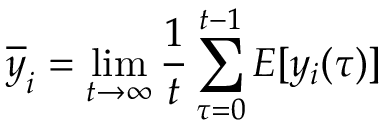
{ \overline { { y } } } _ { i } = \operatorname* { l i m } _ { t \to \infty } { \frac { 1 } { t } } \sum _ { \tau = 0 } ^ { t - 1 } E [ y _ { i } ( \tau ) ]